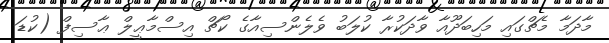
މާދަމާ މެޗްގައި މަހިބަދޫއާ ވާދަކުރާ ކުލަބު ވެލެންސިއާގެ ކޯޗް އިސްމާޢީލް ޢާސިފް (ކުޑަ